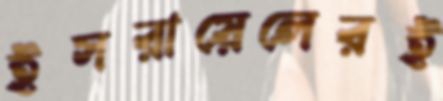
ইসরায়েলেরই